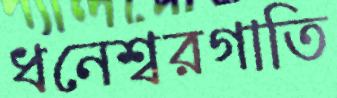
ধনেশ্বরগাতি